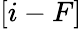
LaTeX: [i-F]